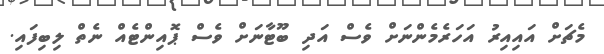
މެޗަށް އައިއިރު އަހަރެމެންނަށް ވެސް އަދި ބޫޓާނަށް ވެސް ޕޮއިންޓެއް ނެތް ލިބިފައި.